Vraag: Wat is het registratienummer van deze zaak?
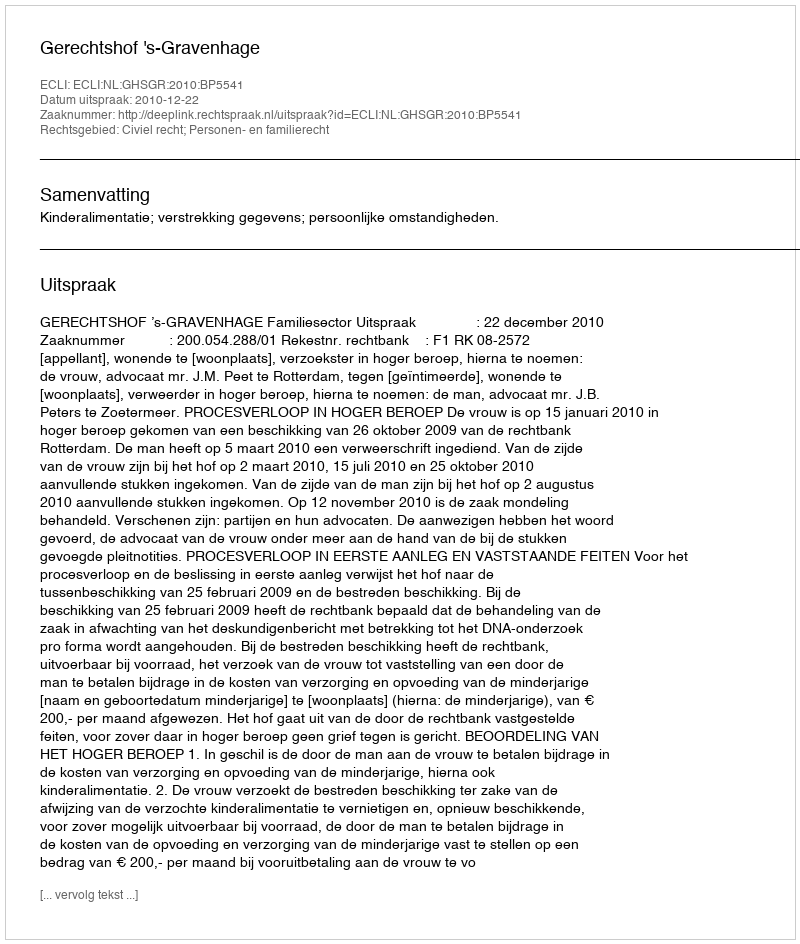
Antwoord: http://deeplink.rechtspraak.nl/uitspraak?id=ECLI:NL:GHSGR:2010:BP5541